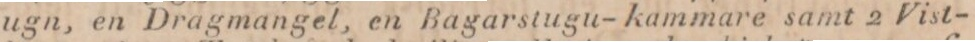
ugn, en Dragmangel, en Bagarstugu-kammare samt 2 Vist-